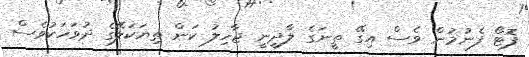
ފޮޓޯ ފެނުމުން ވެސް އިގޭ ތީނަގެ ލާދީނީ ޖާހިލު ކަން ތިޔަކަލޭގެ ދުވަހަކުވެސް